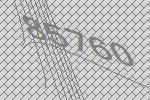
85760